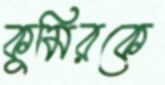
কুমিরকে